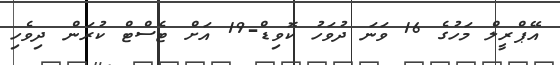
އޭޕްރީލް މަހުގެ 16 ވަނަ ދުވަހު ކޮވިޑް-19 އަށް ޓެސްޓް ކުރަން ދިވެހި